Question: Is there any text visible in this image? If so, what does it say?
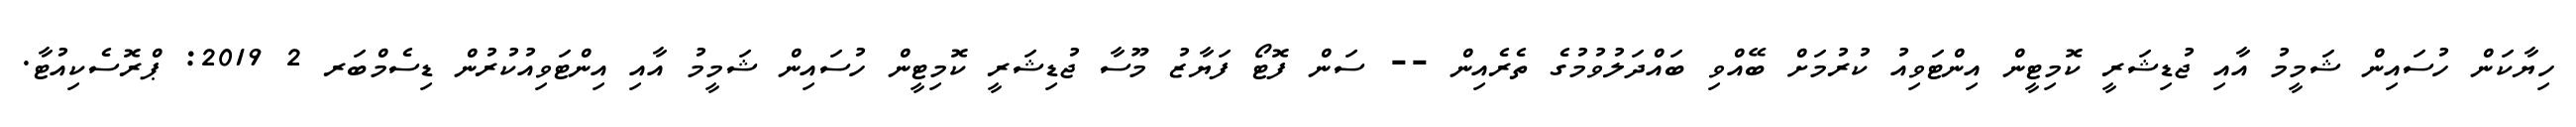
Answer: ހިޔާކަން ހުސައިން ޝަމީމު އާއި ޖުޑިޝަރީ ކޮމިޓީން އިންޓަވިއު ކުރުމަށް ބޭއްވި ބައްދަލުވުމުގެ ތެރެއިން -- ސަން ފޮޓޯ ފަޔާޒު މޫސާ ޖުޑިޝަރީ ކޮމިޓީން ހުސައިން ޝަމީމު އާއި އިންޓަވިއުކުރުން ޑިސެމްބަރ 2 2019: ޕްރޮސެކިއުޓާ.